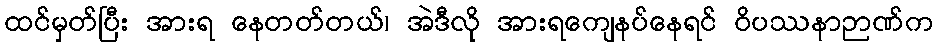
ထင်မှတ်ပြီး အားရ နေတတ်တယ်၊ အဲဒီလို အားရကျေနပ်နေရင် ဝိပဿနာဉာဏ်က